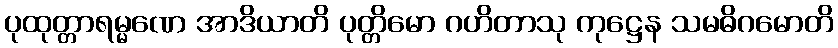
ပုထုတ္တာရမ္မဏေ အာဒိယာတိ ပုတ္တိမော ဂဟိတာသု ကုဋ္ဌေန သမဓိဂမောတိ